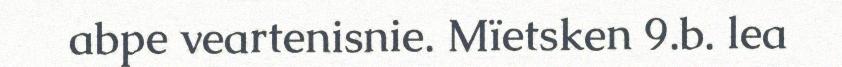
abpe veartenisnie. Mïetsken 9.b. lea